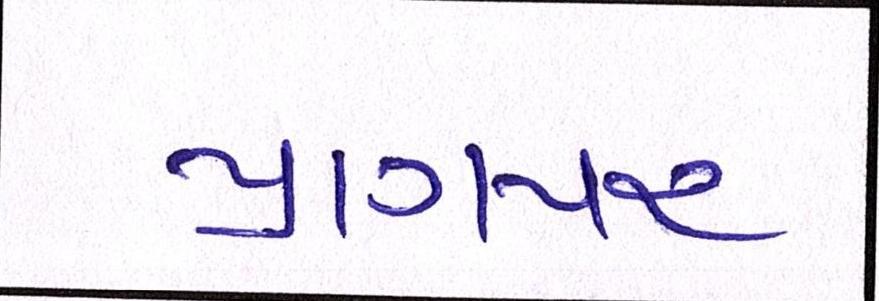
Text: પ્રાગપર